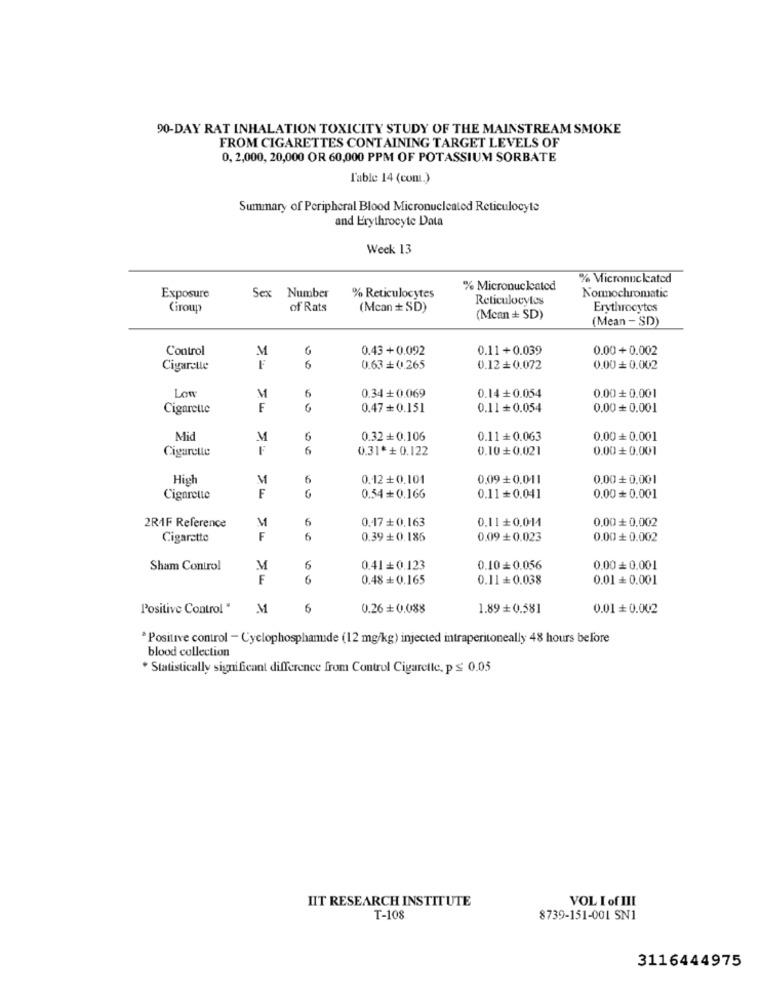
90-DAY RAT INHALATION TOXICITY STUDY OF THE MAINSTREAM SMOKE
FROM CIGARETTES CONTAINING TARGET LEVELS OF
0, 2,000, 20,000 OR 60,000 PPM OF POTASSIUM SORBATE
l'able 14 (com.)
Summary of Peripheral Blood Micronucleated Reticulocyte
and Erythrocyte Data
Week 13
% Micronnc kated
% Reticulocytes
% Micronucleated
Exposure
Sex Number
Reticulocytes
Nonnochromatic
Giroup
of Rats
(Mcan + SD)
Erythrocytes
(Mcan + SD)
(Mean - SD)
Control
M
0.43 +0.092
0.11+0.039
0.00+0.002
Cigarette
F
9 0
0.63+ 0.265
0.12+0.072
0.00 0.002
Lon
6
M
0.34+0.069
0.14+0.054
0.00+ 0.001
Cigarette
F
0.47+0.151
0.11+0.054
0.00+ 0.001
Mid
M
6
0.32+0.106
0.11+ 0.063
0.00+ 0.001
Cigarette
6
0.31* + 0.122
0.10+0.021
0.00+ 0.001
High
M
6
0.12+0.101
0.09+0.011
0.00 + 0.001
F
G
Cigarette
0.54+0.166
0.11+0.041
0.00= 0.001
M
6
0.47+0,163
0.11+0.011
0,00 + 0,002
2RAF Reference
Cigarette
F
6
0.39+0.186
0.09+0.023
0.00+ 0.002
Sham Control
M
6
0.41+ 0.123
0.100.056
0.00 = 0.001
F
6
0.48+ 0.165
0.11+0.038
0.01 0.001
Positive Control "
M
6
0.26 + 0.088
1.89+ 0.581
0.01+ 0.002
* Positive control - Cyclophosphamide (12 mg/kg) injected intraperitoneally 48 hours before
blood collection
Statistically significant difference from Control Cigarette, p ≤ 0.05
HIT RESEARCH INSTITUTE
VOL I of III
T-108
8739-151-001 SN1
3116444975